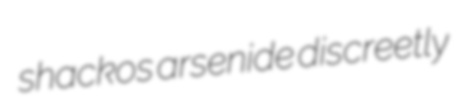
shackos arsenide discreetly